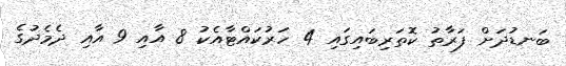
ބަނޑުދަށް ފަރާތު ކޮތަރިބައިގައި 4 ހަރުކައްޓާއެކު 8 އާއި 9 އާއި ދެމެދުގެ